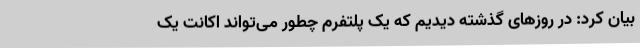
بیان کرد: در روزهای گذشته دیدیم که یک پلتفرم چطور می‌تواند اکانت یک